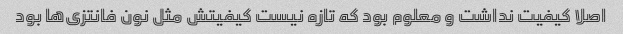
اصلا کیفیت نداشت و معلوم بود که تازه نیست کیفیتش مثل نون فانتزی‌ها بود